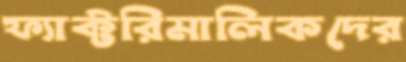
ফ্যাক্টরিমালিকদের